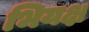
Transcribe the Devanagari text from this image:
भियक्ष